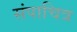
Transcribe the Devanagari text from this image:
संपाचित्र